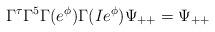
LaTeX: \begin{align*}\Gamma^{\tau}\Gamma^5\Gamma(e^{\phi})\Gamma(Ie^{\phi})\Psi_{++}=\Psi_{++}\end{align*}